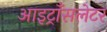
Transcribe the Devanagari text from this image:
आइट्राँसलेटर